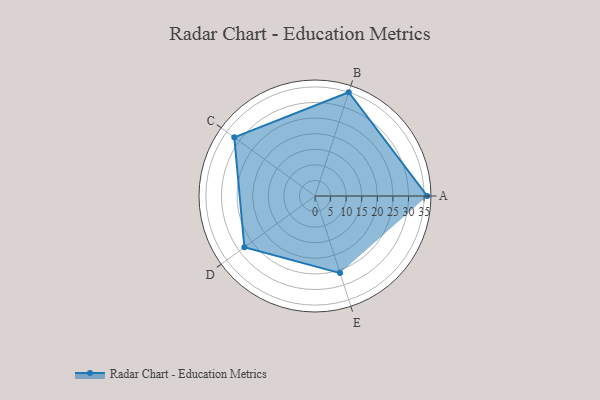
{"axis": {"x": "Skill", "y": "Score"}, "legend": ["Profile"], "data": [{"x": "A", "y": 36.0, "type": "Profile"}, {"x": "B", "y": 35.0, "type": "Profile"}, {"x": "C", "y": 32.0, "type": "Profile"}, {"x": "D", "y": 28.0, "type": "Profile"}, {"x": "E", "y": 26.0, "type": "Profile"}]}